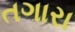
તગારા